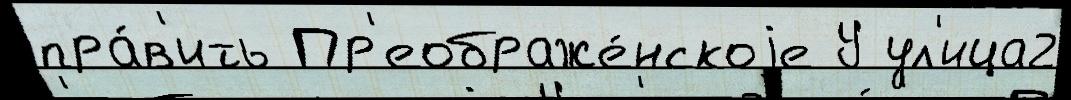
пра́в'ить Пр'еображе́нскоjе У ул'ица2